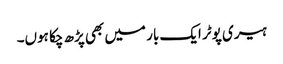
ہیری پوٹر ایک بار میں بھی پڑھ چکا ہوں۔